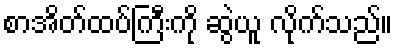
စာအိတ်ထပ်ကြီးကို ဆွဲယူ လိုက်သည်။